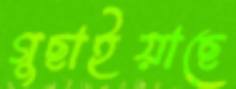
গুছাইয়াছে